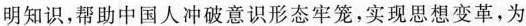
明知识，帮助中国人冲破意识形态牢笼，实现思想变革，为